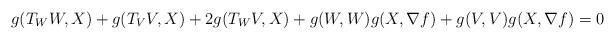
LaTeX: \begin{align*}g(T_W W, X) + g(T_V V, X) + 2 g(T_W V , X) + g(W,W) g(X, \nabla f) + g(V, V) g(X, \nabla f) =0 \end{align*}